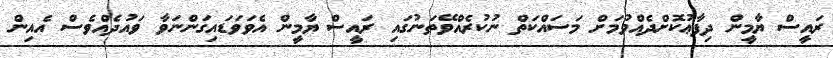
ރައީސް ޔާމީން ދިފާޢުކޮށްދެއްވުމަށް މަސައްކަތް ނުކުރެއްވޭތަނުގައި ރައީސް ޔާމީން އެވަވަޑައިގަންނަވާ ވައުދެއްވެސް އެއިން